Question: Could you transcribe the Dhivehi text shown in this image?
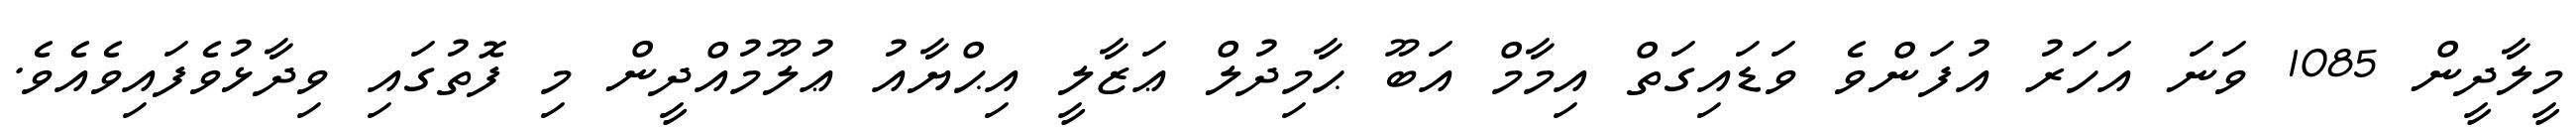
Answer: މީލާދީން 1085 ވަނަ އަހަރު އުފަންވެ ވަޑައިގަތް އިމާމް އަބޫ ޙާމިދުލް ޢަޒާލީ އިޙްޔާއު ޢުލޫމުއްދީން މި ފޮތުގައި ވިދާޅުވެފައިވެއެވެ.